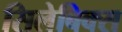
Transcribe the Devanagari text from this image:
सिलेबिक्स